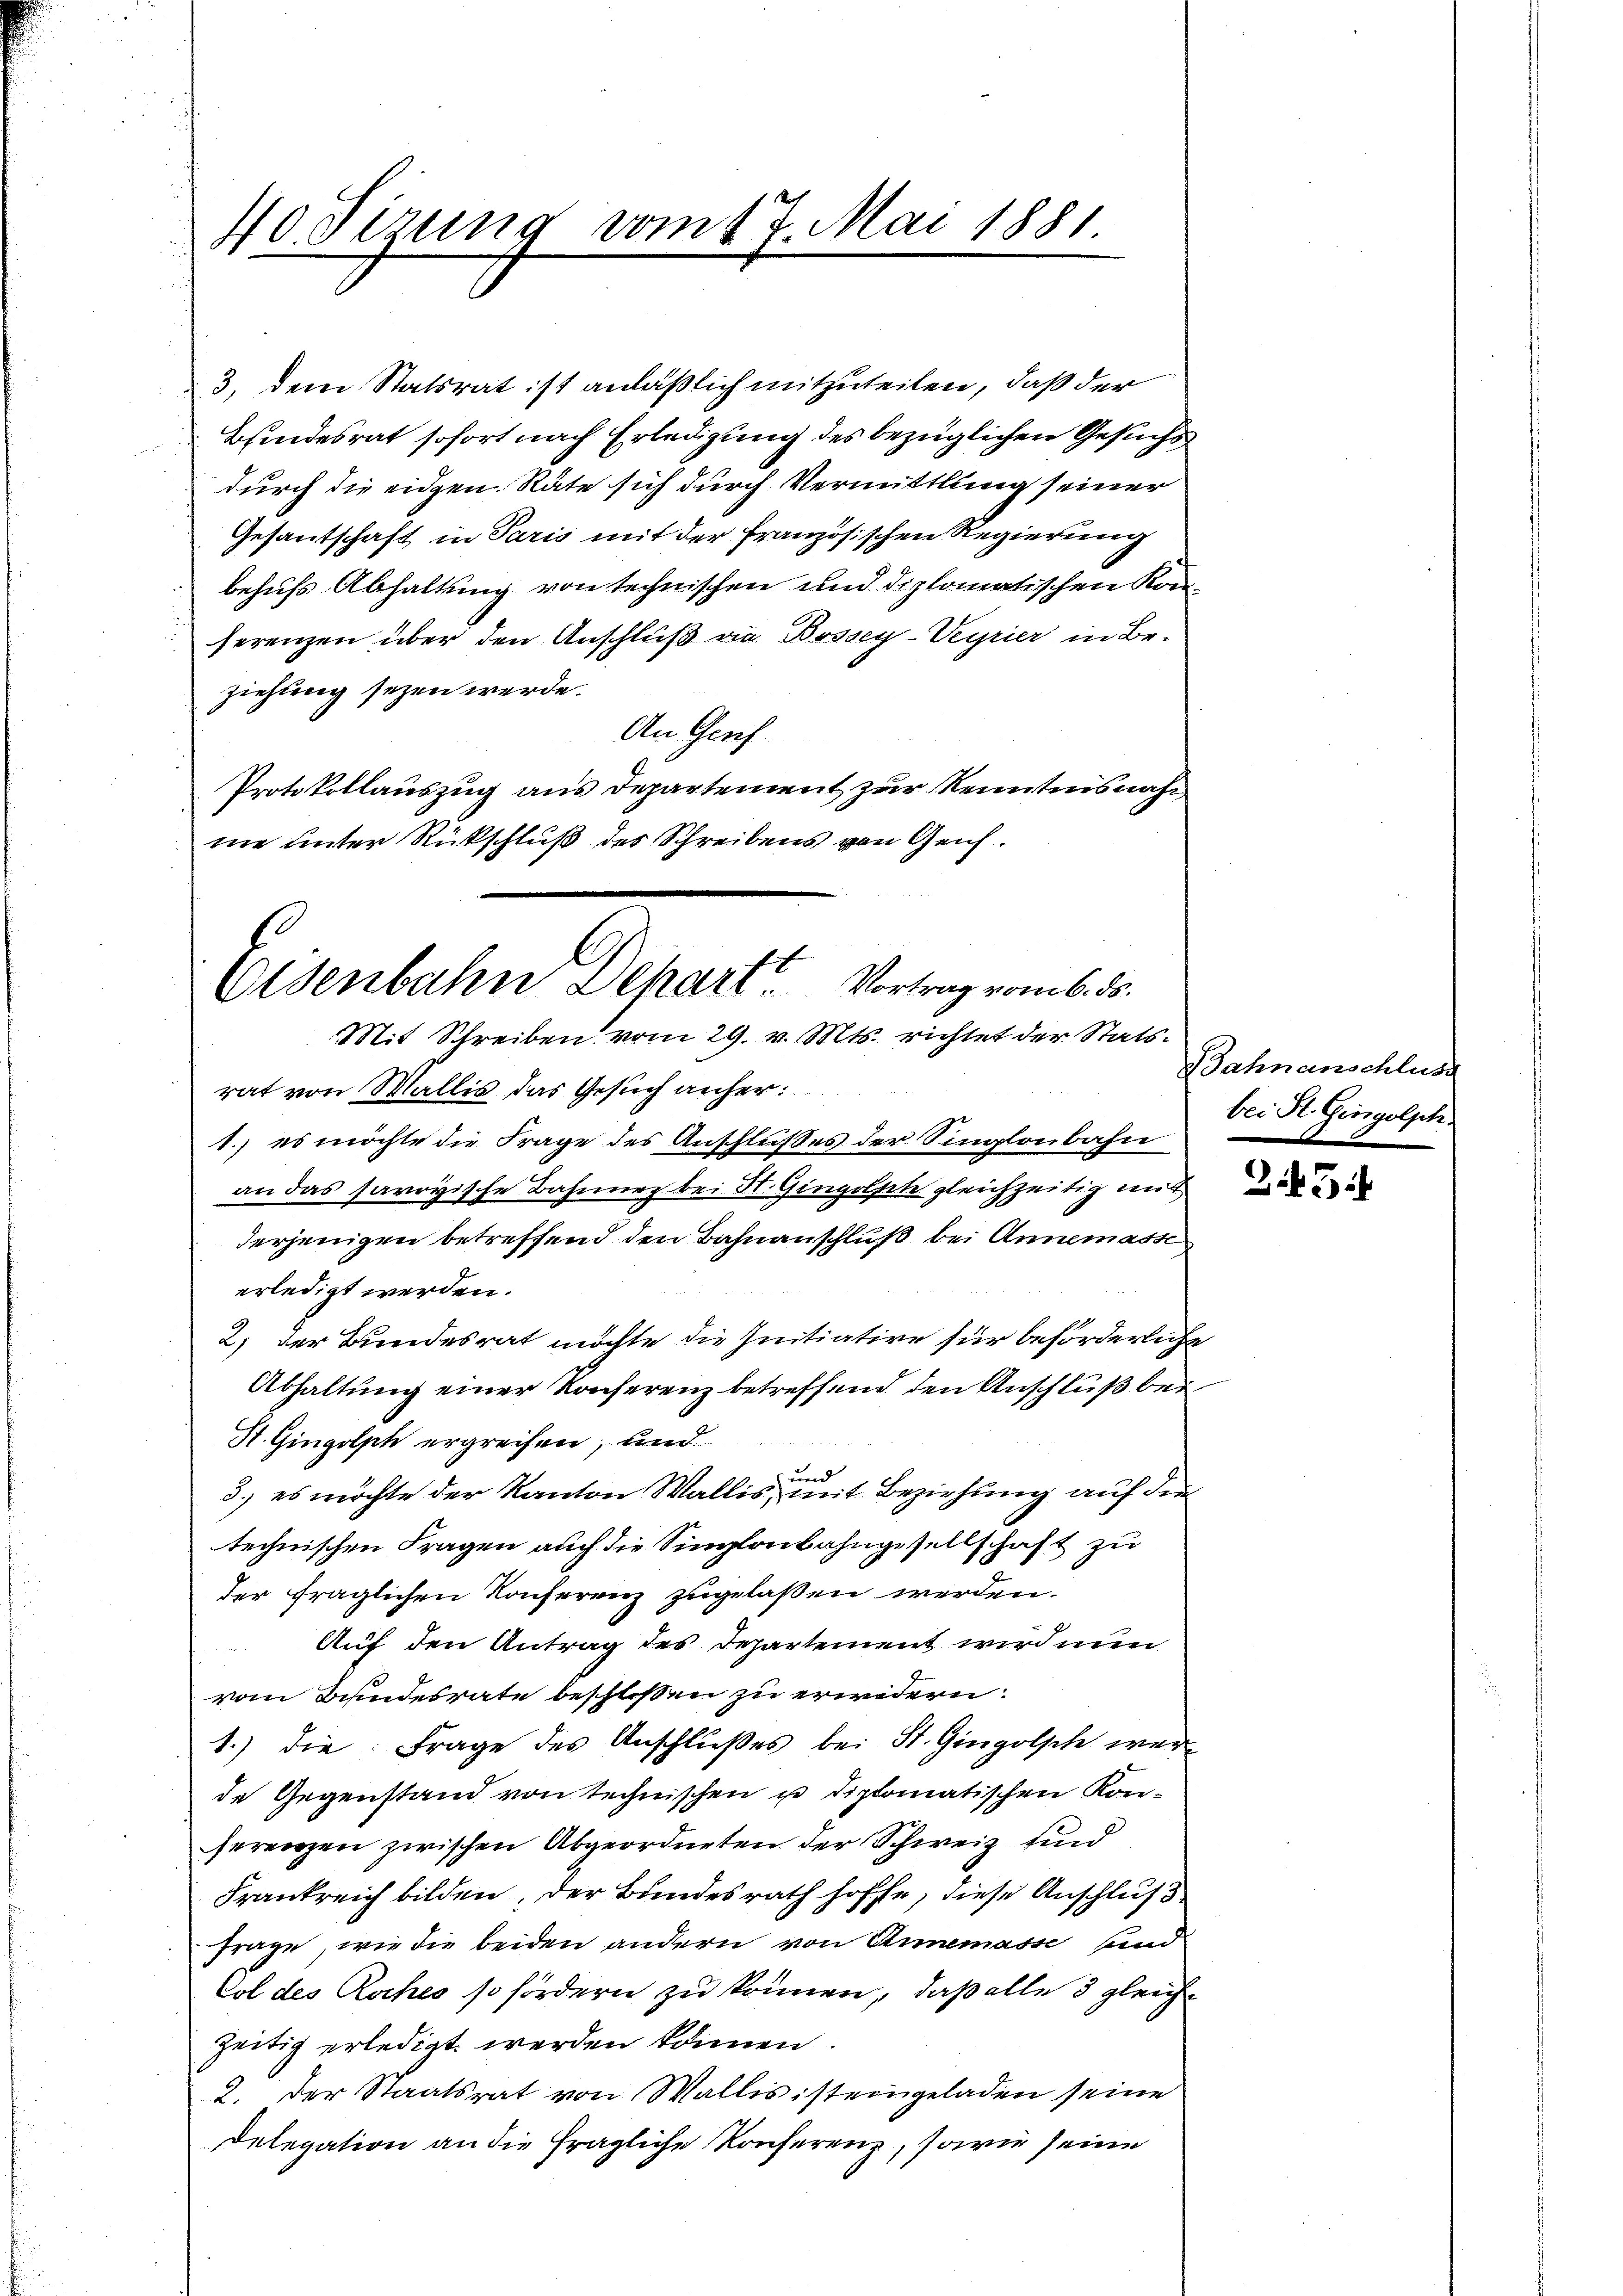
40. Ferung vom 17. Mai 1881.

3. dem Statsrat ist anläßlich mitzuteilen, daß der
Bindesrat sofort nach Erledigung des bezüglichen Gesuchs
durch die eidgen. Räte sich durch Vermittlung seiner
Gesantschaft in Paris mit der Französischen Regierung
behufs Abhaltung von technischen und diplomatischen Konferenzen über den Anschluß die Bossey-Veyrier in Be-
ziehung seyen werde.
An Genf.
Protokollauszug aus Departement zur Kenntnisnahm
me unter Rückschluß des Schreibens von Geis¬

Eisenbahn Depart. Vortrag vom 6. ds.
Mit Schreiben vom 29. v. Mts. richtet der Stats¬

rat von Wallis das Gesuch anher:
1.) es möchte die Frage des Anschlußes der Singlaubahn
an das savoyische Bahnner bei St. Gingolsche gleichzeitig mit
derjenigen betreffend den Bahnanschluß bei Annemasse
erledigt werden.
2) der Bundesrat möchte die Initiative für beförderliche
Abhaltung einer Konferenz betreffend den Anschluß bei
St. Gingolph ergreifen, und
weid
3.) es möchte der Kanton Wallis, mit Beziehung auf die
technischen Fragen auch die Singlaubahngesellschaft zu
der fraglichen Konferenz zugelaßen werden.
Auf den Antrag des Departement wird nun
vom Bundesrate beschlossen zu erwidern.
1.) die Frage des Anschlŭβes bei St. Gingolsch wer
de Gegenstand von technischen u diplomatischen Konserenzen zwischen Abgeordneten der Schweiz und
Frankreich bilden, der Bundesrath hoffe, diese Anschluß
Frage, wie die beiden andern von Annemasse und
Col des Roches so fordern zu können, daß alle 3 gleichzeitig erledigt werden können.
2. Der Staatsrat von Wallis ist eingeladen seine
Delegation an die fragliche Konferenz, sowie seine

Bahnanschluss
bei St. Gingolph

t

35